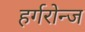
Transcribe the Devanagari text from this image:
हर्गरोन्ज